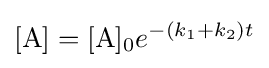
[{\ce {A}}]={\ce {[A]0}}e^{-(k_{1}+k_{2})t}